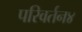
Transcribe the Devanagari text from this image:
परिवर्तन४